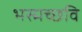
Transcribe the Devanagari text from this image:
भस्मच्छवि